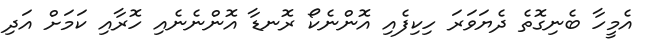
އެމީހާ ބެނިގޮތެ ދެޔަވަރަ ހިކިފެއި އޮންނެކޯ ރޮނޑާ އޮންނެނެއި ހޮރާއި ކަމަށް އަދި